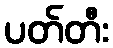
ပတ်တီး